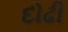
દોઢી